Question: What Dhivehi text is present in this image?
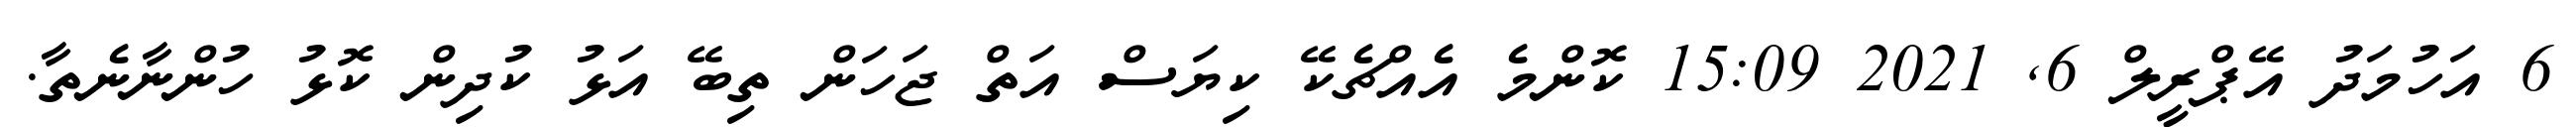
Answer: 6 އަހުމަދު އޭޕްރީލް 6, 2021 15:09 ކޮންމެ އެއްޗެކޭ ކިޔަސް އަތް ޖަހަން ތިބޭ އަޅު ކުދިން ކޮޅު ހުންނާނެތާ.